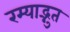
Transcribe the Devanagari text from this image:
रम्याद्भुत